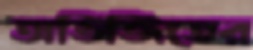
অভিজিতের